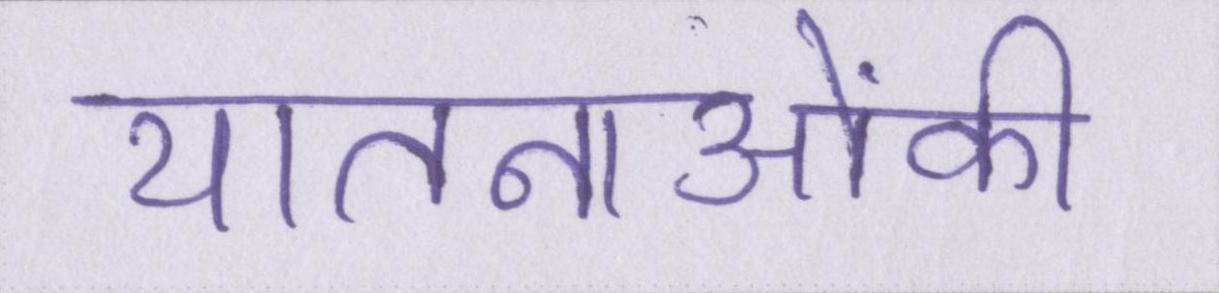
यातनाओंकी